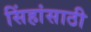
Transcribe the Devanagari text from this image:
सिंहांसाठी